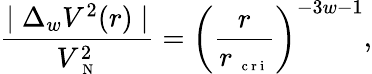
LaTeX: \frac{\mid\Delta_{w}V^{2}(r)\mid}{V_{\mathrm{~\scriptsize~N~}}^{2}}=\left(\frac{r}{r_{\mathrm{~\scriptsize~c~r~i~}}}\right)^{-3w-1},